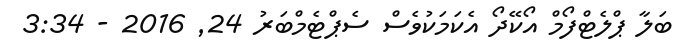
ބަލާ ޕްލެޓްފޯމް އޯކޭދޯ އެކަމަކުވެސް ސެޕްޓެމްބަރު 24